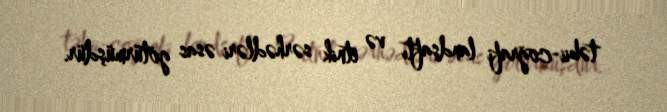
təbii-coğrafi landşaftı və etnik sərhədləri əsas götürmüşdür.